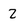
Character: 2